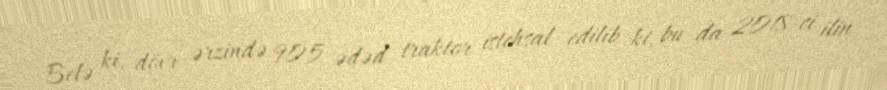
Belə ki, dövr ərzində 905 ədəd traktor istehsal edilib ki, bu da 2018-ci ilin